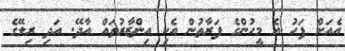
އެއަށް ފަހު އެ މީހުންގެ ފަރާތުން އެކި އިންޒާރުތައް އާދޭ. އަދި ރިލޭގެ